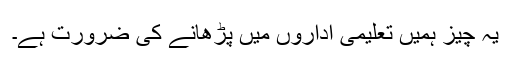
یہ چیز ہمیں تعلیمی اداروں میں پڑھانے کی ضرورت ہے۔